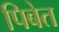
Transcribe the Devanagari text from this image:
पिबेत